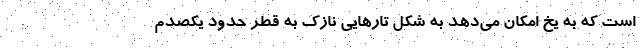
است که به یخ امکان می‌دهد به شکل تار‌هایی نازک به قطر حدود یکصدم